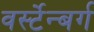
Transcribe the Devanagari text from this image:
वर्स्टेन्बर्ग